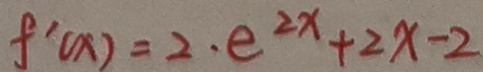
f ^ { \prime } ( x ) = 2 \cdot e ^ { 2 x } + 2 x - 2